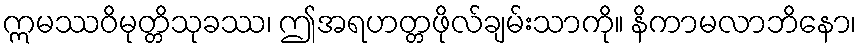
ဣမဿဝိမုတ္တိသုခဿ၊ ဤအရဟတ္တဖိုလ်ချမ်းသာကို။ နိကာမလာဘိနော၊